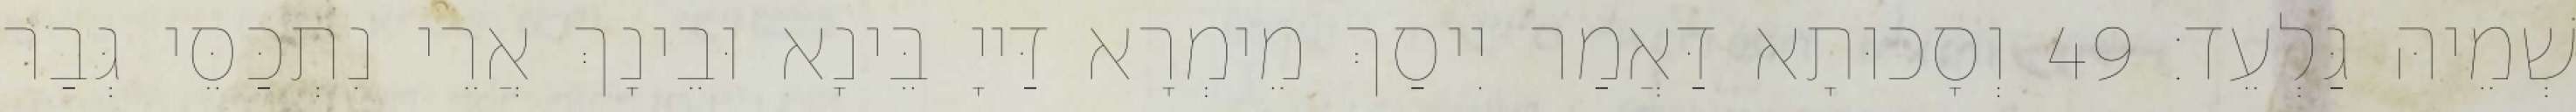
שְׁמֵיהּ גַּלְעֵד׃ 49 וְסָכוּתָא דַּאֲמַר יִיסַךְ מֵימְרָא דַּייָ בֵּינָא וּבֵינָךְ אֲרֵי נִתְכַּסֵּי גְּבַר